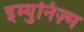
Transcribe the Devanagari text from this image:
इम्युनिज़्म